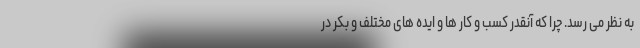
به نظر می رسد. چرا که آنقدر کسب و کار ها و ایده های مختلف و بکر در